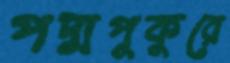
পদ্মপুকুরে